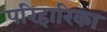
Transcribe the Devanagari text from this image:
परिहारिका